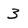
Character: 3